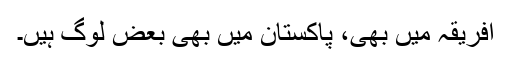
افریقہ میں بھی، پاکستان میں بھی بعض لوگ ہیں۔